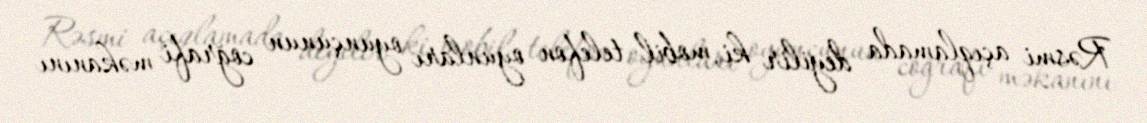
Rəsmi açıqlamada deyilir ki, mobil telefon oyunları oyunçunun coğrafi məkanını